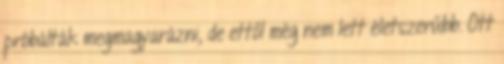
próbálták megmagyarázni, de ettől még nem lett életszerűbb. Ott